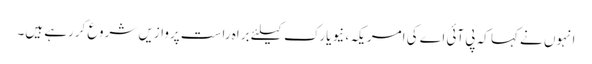
انہوں نے کہا کہ پی آئی اے کی امریکہ، نیویارک کیلئے براہ راست پروازیں شروع کررہے ہیں۔